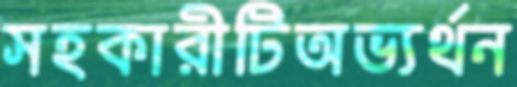
সহকারীটিঅভ্যর্থন